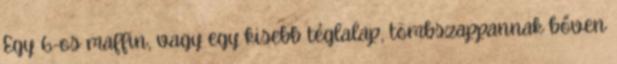
Egy 6-os maffin, vagy egy kisebb téglalap, tömbszappannak bőven